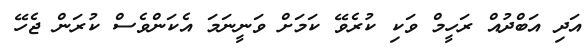
އަދި އަބްދުއް ރަހީމް ވަކި ކުރެވޭ ކަމަށް ވަނީނަމަ އެކަންވެސް ކުރަން ޖެހޭ